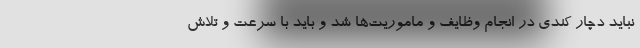
نباید دچار کندی در انجام وظایف و ماموریت‌ها شد و باید با سرعت و تلاش